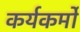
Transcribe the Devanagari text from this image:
कर्यकर्मो